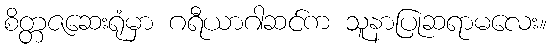
စိတ္တဇဆေးရုံမှာ ဂရီယာဂါဆင်က သူနာပြုဆရာမလေး။